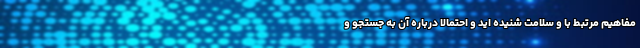
مفاهیم مرتبط با و سلامت شنیده اید و احتمالا درباره آن به جستجو و